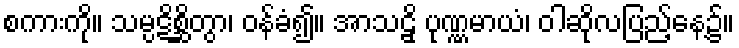
စကားကို။ သမ္ပဋိစ္ဆိတွာ၊ ဝန်ခံ၍။ အာသဠှိ ပုဏ္ဏမာယံ၊ ဝါဆိုလပြည့်နေ့၌။